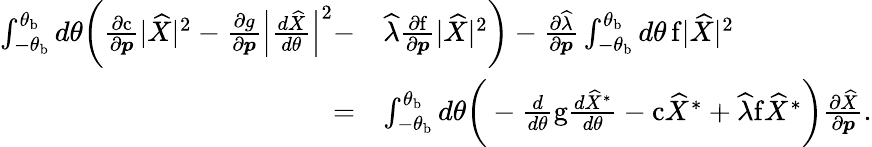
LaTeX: \begin{array}{rl}{\int_{-\theta_{\mathrm{b}}}^{\theta_{\mathrm{b}}}d\theta\bigg(\frac{\partial\mathrm{c}}{\partial\boldsymbol{p}}\lvert\widehat{X}\rvert^{2}-\frac{\partial g}{\partial\boldsymbol{p}}\Big\lvert\frac{d\widehat{X}}{d\theta}\Big\rvert^{2}-}&{\widehat{\lambda}\frac{\partial\mathrm{f}}{\partial\boldsymbol{p}}\lvert\widehat{X}\rvert^{2}\bigg)-\frac{\partial\widehat{\lambda}}{\partial\boldsymbol{p}}\int_{-\theta_{\mathrm{b}}}^{\theta_{\mathrm{b}}}d\theta\, \mathrm{f}\lvert\widehat{X}\rvert^{2}}\\ {=}&{\int_{-\theta_{\mathrm{b}}}^{\theta_{\mathrm{b}}}d\theta\bigg(-\frac{d}{d\theta}\mathrm{g}\frac{d\widehat{X}^{*}}{d\theta}-\mathrm{c}\widehat{X}^{*}+\widehat{\lambda}\mathrm{f}\widehat{X}^{*}\bigg)\frac{\partial\widehat{X}}{\partial\boldsymbol{p}}.}\end{array}